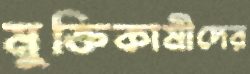
মুক্তিকামীদের